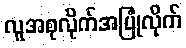
လူအစုလိုက်အပြုံလိုက်